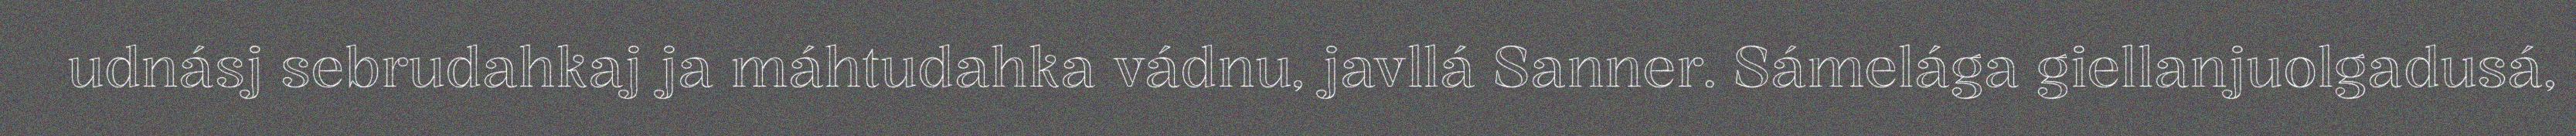
udnásj sebrudahkaj ja máhtudahka vádnu, javllá Sanner. Sámelága giellanjuolgadusá,